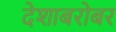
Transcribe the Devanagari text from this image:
देशाबरोबर